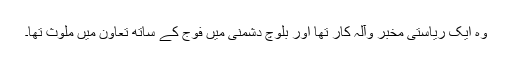
وہ ایک ریاستی مخبر وآلہ کار تھا اور بلوچ دشمنی میں فوج کے ساتھ تعاون میں ملوث تھا۔